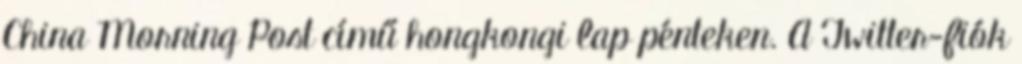
China Morning Post című hongkongi lap pénteken. A Twitter-fiók